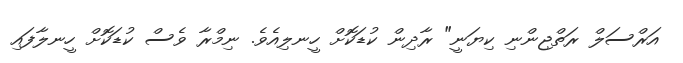
އަރްސަލް ރަތްޖިންނި ކިޔަނީ" ރާދިން ކުޑަކޮށް ހީނލިއެވެ. ނިމްރާ ވެސް ކުޑަކޮށް ހީނލާފައި